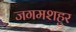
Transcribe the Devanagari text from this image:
जगमशहुर